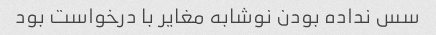
سس نداده بودن نوشابه مغایر با درخواست بود